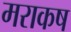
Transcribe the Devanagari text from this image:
मराकष